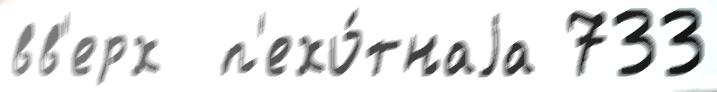
вв'ерх  п'ехо́тнаjа 733